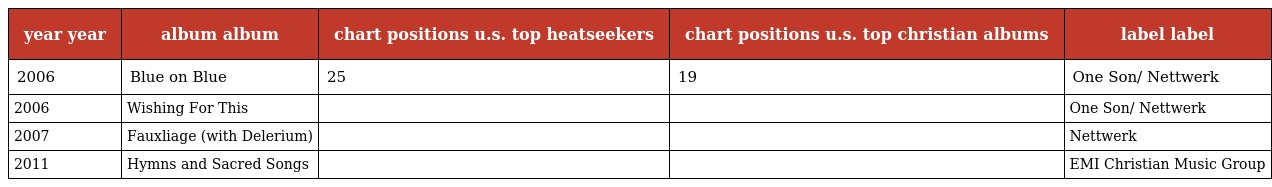
| year year | album album | chart positions u.s. top heatseekers | chart positions u.s. top christian albums | label label |
 | --- | --- | --- | --- | --- |
 | 2006 | Blue on Blue | 25 | 19 | One Son/ Nettwerk |
 | 2006 | Wishing For This |  |  | One Son/ Nettwerk |
 | 2007 | Fauxliage (with Delerium) |  |  | Nettwerk |
 | 2011 | Hymns and Sacred Songs |  |  | EMI Christian Music Group |